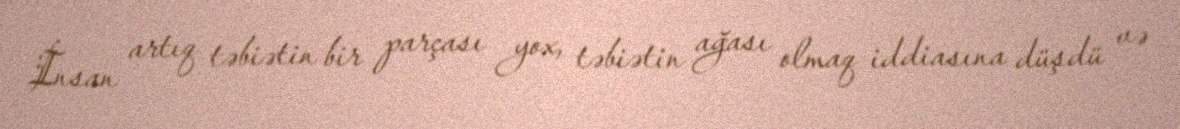
İnsan artıq təbiətin bir parçası yox, təbiətin ağası olmaq iddiasına düşdü və